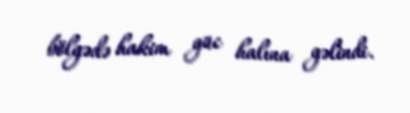
bölgədə hakim güc halına gəlindi.